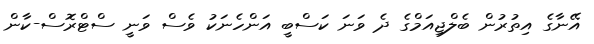
އޭނާގެ އިތުރުން ބެލްޖިއަމްގެ ދެ ވަނަ ކަސްބީ އަންހެނަކު ވެސް ވަނީ ސްޓްރޮސް-ކާން